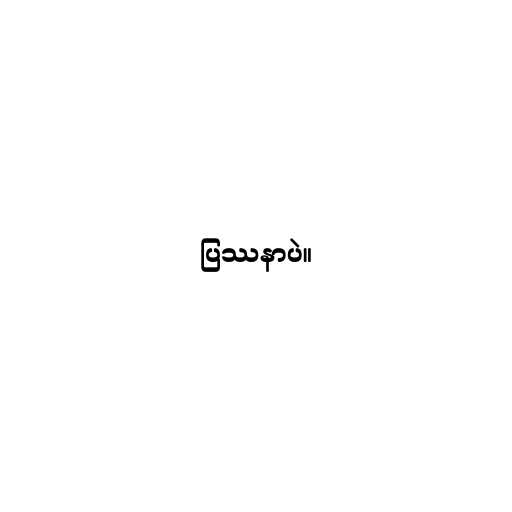
ပြဿနာပဲ။